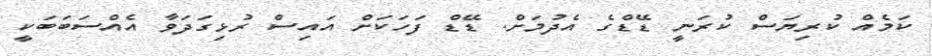
ކަމެއް ކުރިޔަސް ކުރަނީ ޑޭޑްގެ އެދުމަށް. ޑޭޑް ފަހަކަށް އައިސް ރުޅިގަދަވާ އެއްސަބަބަކީ